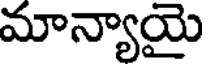
మాన్యాయై